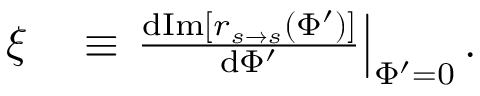
\begin{array} { r l } { \xi } & { { } \equiv \left. \frac { \mathrm { d } \mathrm { I m } [ r _ { s \rightarrow s } ( \Phi ^ { \prime } ) ] } { \mathrm { d } \Phi ^ { \prime } } \right| _ { \Phi ^ { \prime } = 0 } . } \end{array}